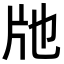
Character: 𤖪